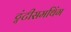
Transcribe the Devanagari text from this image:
ट्वंटीसमथिंग